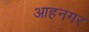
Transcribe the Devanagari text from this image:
आहनगर